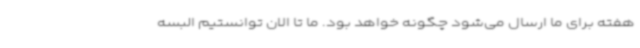
هفته برای ما ارسال می‌شود چگونه خواهد بود. ما تا الان توانستیم البسه